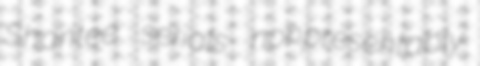
Shantee serials nonpresentably